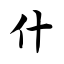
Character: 什